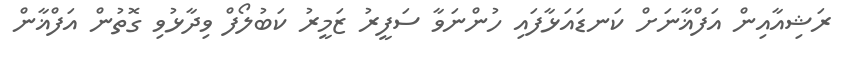
ރަޝިއާއިން އަފްޣާނަށް ކަނޑައަޅާފައި ހުންނަވާ ސަފީރު ޒަމީރު ކަބުލޯފް ވިދާޅުވި ގޮތުން އަފްޣާން